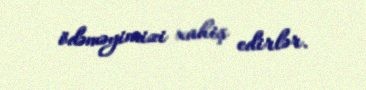
ödəməyimizi xahiş edirlər.